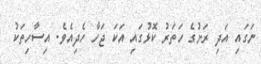
ނަގައި އަދި ރަށުގެ ހަތަރު ކޮޅުގައި އަކަ ޖަހާ ހެދިއެވެ. އިސާހިތަކު